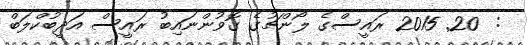
:  20